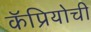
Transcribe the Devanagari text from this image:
कॅप्रियोची